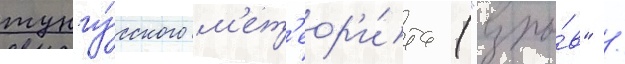
тунгу́сского м'ет'еор'и́та ("взры́в" /